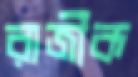
রাজীক